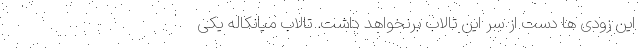
این زودی ها دست از سر این تالاب برنخواهد داشت. تالاب میانکاله یکی